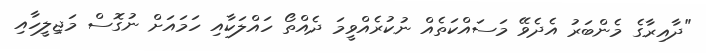
"ދާއިރާގެ މެންބަރު އެދެވޭ މަސައްކަތެއް ނުކުރެއްވީމަ ދެއްތޯ ހައްލަކާއި ހަމައަށް ނުގޮސް މަޖިލީހާއި